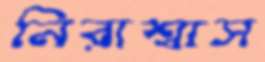
নিরাশ্বাস